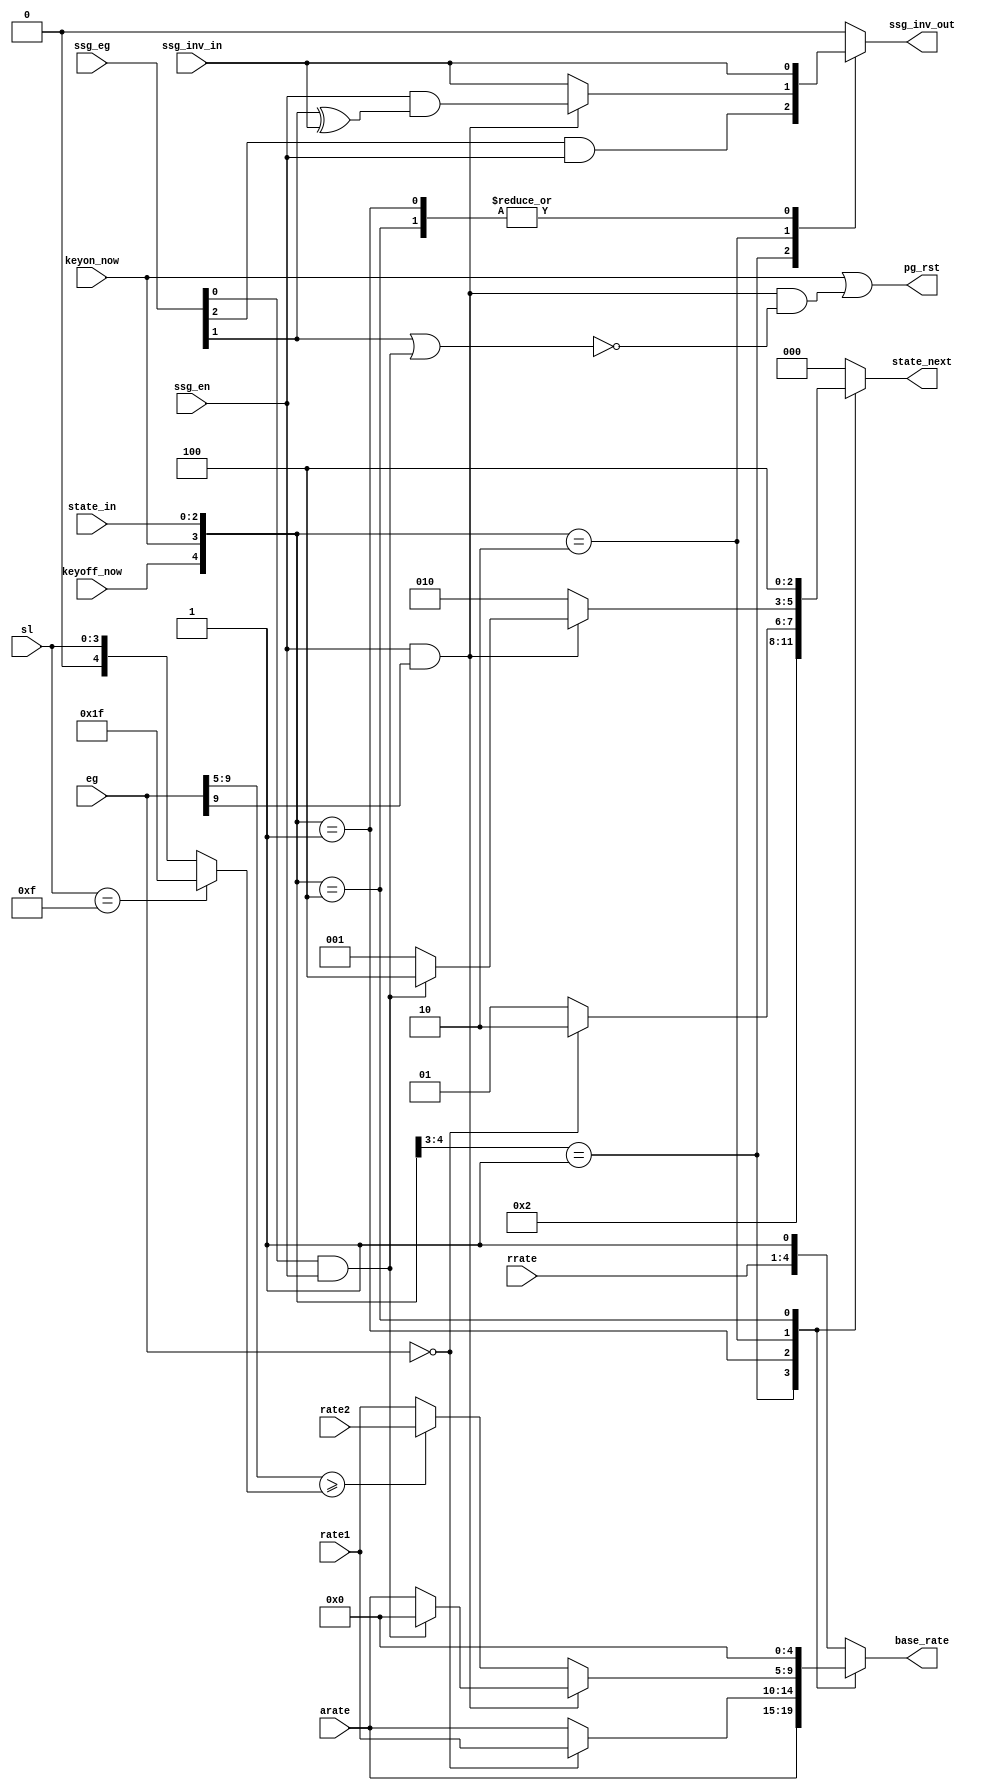
/*  This file is part of JT12.

	JT12 is free software: you can redistribute it and/or modify
	it under the terms of the GNU General Public License as published by
	the Free Software Foundation, either version 3 of the License, or
	(at your option) any later version.

	JT12 is distributed in the hope that it will be useful,
	but WITHOUT ANY WARRANTY; without even the implied warranty of
	MERCHANTABILITY or FITNESS FOR A PARTICULAR PURPOSE.  See the
	GNU General Public License for more details.

	You should have received a copy of the GNU General Public License
	along with JT12.  If not, see <http://www.gnu.org/licenses/>.

	Author: Jose Tejada Gomez. Twitter: @topapate
	Version: 1.0
	Date: 29-10-2018

	*/

module jt12_eg_ctrl(
	input				keyon_now,
	input				keyoff_now,
	input		[2:0]	state_in,
	input		[9:0]	eg,
	// envelope configuration	
	input		[4:0]	arate, // attack  rate
	input		[4:0]	rate1, // decay   rate
	input		[4:0]	rate2, // sustain rate
	input		[3:0]	rrate,
	input		[3:0]	sl,   // sustain level
	// SSG operation
	input				ssg_en,
	input		[2:0]	ssg_eg,
	// SSG output inversion
	input				ssg_inv_in,
	output reg			ssg_inv_out,

	output reg	[4:0]	base_rate,
	output reg	[2:0]	state_next,
	output reg			pg_rst
);

localparam 	ATTACK = 3'b001, 
			DECAY  = 3'b010, 
			HOLD   = 3'b100,
			RELEASE= 3'b000; // default state is release 

// wire is_decaying = state_in[1] | state_in[2];

reg		[4:0]	sustain;

always @(*) 
	if( sl == 4'd15 )
		sustain = 5'h1f; // 93dB
	else
		sustain = {1'b0, sl};

wire	ssg_en_out;
reg		ssg_en_in, ssg_pg_rst;

// aliases
wire ssg_att  = ssg_eg[2];
wire ssg_alt  = ssg_eg[1];
wire ssg_hold = ssg_eg[0] & ssg_en;

reg ssg_over;


always @(*) begin
	ssg_over = ssg_en && eg[9]; // eg >=10'h200
	ssg_pg_rst = ssg_over && !( ssg_alt || ssg_hold );
	pg_rst = keyon_now | ssg_pg_rst;
end

always @(*) 
	casez ( { keyoff_now, keyon_now, state_in} )
		5'b01_???: begin // key on
			base_rate	= arate;
			state_next	= ATTACK;
			ssg_inv_out	= ssg_att & ssg_en;
		end
		{2'b00, ATTACK}: 
			if( eg==10'd0 ) begin
				base_rate	= rate1;
				state_next	= DECAY;
				ssg_inv_out	= ssg_inv_in;
			end
			else begin
				base_rate	= arate;
				state_next	= ATTACK;
				ssg_inv_out	= ssg_inv_in;
			end
		{2'b00, DECAY}: begin
			if( ssg_over ) begin
				base_rate	= ssg_hold ? 5'd0 : arate;
				state_next	= ssg_hold ? HOLD : ATTACK;
				ssg_inv_out	= ssg_en & (ssg_alt ^ ssg_inv_in);
			end
			else begin
				base_rate	=  eg[9:5] >= sustain ? rate2 : rate1;
				state_next	= DECAY;
				ssg_inv_out = ssg_inv_in;
			end
		end
		{2'b00, HOLD}: begin
			base_rate	= 5'd0;
			state_next	= HOLD;
			ssg_inv_out	= ssg_inv_in;
		end
		default: begin // RELEASE, note that keyoff_now==1 will enter this state too
			base_rate	= { rrate, 1'b1 };
			state_next	= RELEASE;	// release
			ssg_inv_out	= 1'b0; // this can produce a glitch in the output
				// But to release from SSG cannot be done nicely while
				// inverting the ouput
		end
	endcase


endmodule // jt12_eg_ctrl